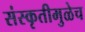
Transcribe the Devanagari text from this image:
संस्कृतीमुळेच